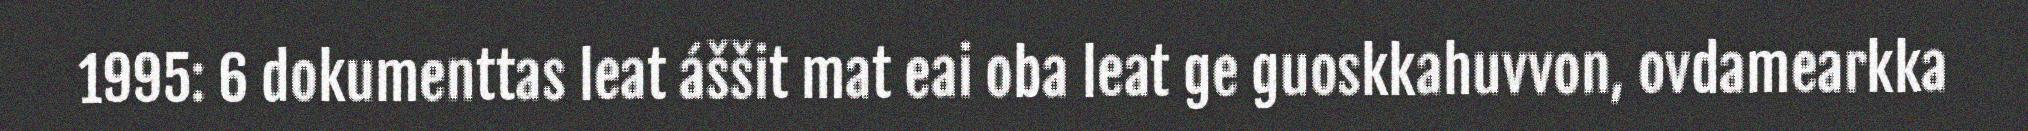
1995: 6 dokumenttas leat áššit mat eai oba leat ge guoskkahuvvon, ovdamearkka